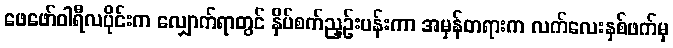
ဖေဖော်ဝါရီလပိုင်းက လျှောက်ရာတွင် နှိပ်စက်ညှဉ်းပန်းကာ အမှန်တရားက လက်လေးနှစ်ဖက်မှ